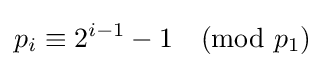
p_{i}\equiv 2^{i-1}-1{\pmod {p_{1}}}